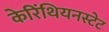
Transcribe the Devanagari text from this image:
केरिंथियनस्टेट